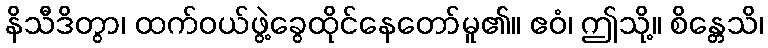
နိသီဒိတွာ၊ ထက်ဝယ်ဖွဲ့ခွေထိုင်နေတော်မူ၏။ ဧဝံ၊ ဤသို့။ စိန္တေသိ၊